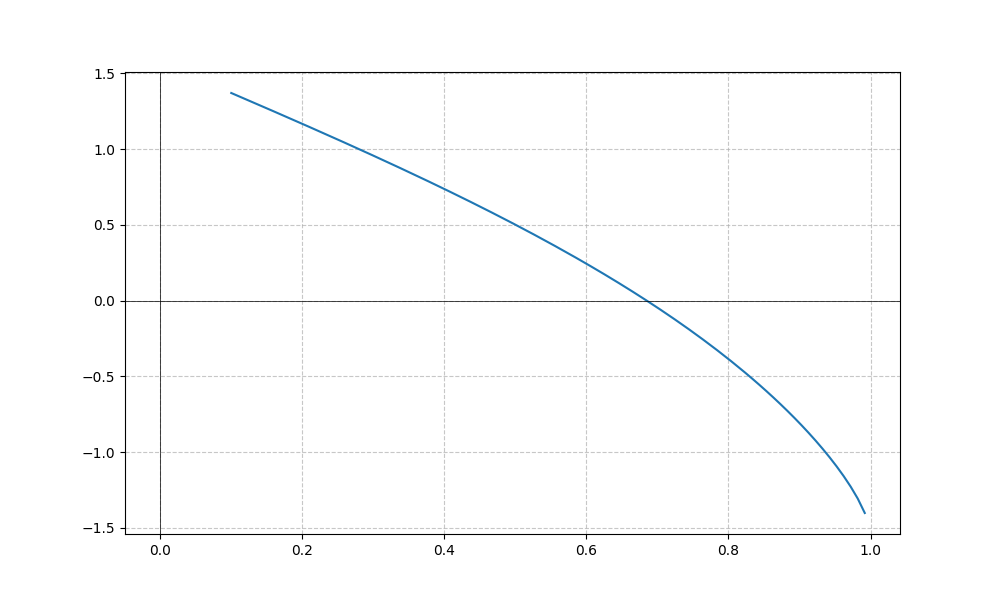
LaTeX formula: - \tan{\left(x \right)} + \operatorname{acos}{\left(x \right)}